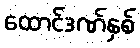
ထောင်ဒဏ်နှစ်